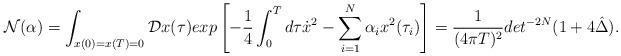
LaTeX: \begin{align*}{\cal N}(\alpha)=\int_{x(0)=x(T)=0}{\cal D}x(\tau)exp\left[-{1\over 4}\int_0^Td\tau\dot{x}^2-\sum_{i=1}^N\alpha_ix^2(\tau_i)\right]={1\over (4\pi T)^2}det^{-2N}(1+4\hat{\Delta}).\end{align*}